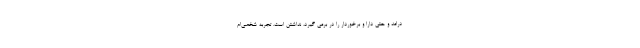
درامد و حتی دارا و برخوردار را در برمی گیرد، نداشتن است. تجربه شخصی‌ام